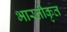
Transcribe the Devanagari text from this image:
भारतीकृत